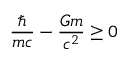
\frac { \hbar } { m c } - \frac { G m } { c ^ { 2 } } \geq 0